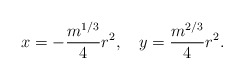
\begin{align*}x = - {m^{1/3} \over 4} r^2, \quad y = {m^{2/3} \over 4} r^2.\end{align*}